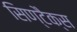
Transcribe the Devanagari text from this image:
सिण्टैक्स